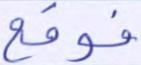
فوقع